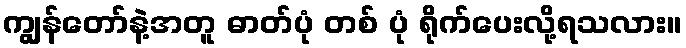
ကျွန်တော်နဲ့အတူ ဓာတ်ပုံ တစ် ပုံ ရိုက်ပေးလို့ရသလား။